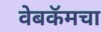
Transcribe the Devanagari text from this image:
वेबकॅमचा